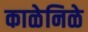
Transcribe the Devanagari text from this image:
काळेनिळे